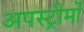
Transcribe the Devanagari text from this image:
अपस्ट्रीमों